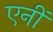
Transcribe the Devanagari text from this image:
एनीं